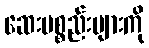
ဆေးပစ္စည်းများကို